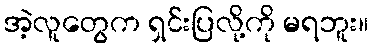
အဲ့လူတွေက ရှင်းပြလို့ကို မရဘူး။